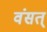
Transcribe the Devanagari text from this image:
वंसत्‌